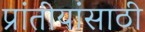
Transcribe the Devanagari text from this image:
प्रांतीयांसाठी